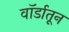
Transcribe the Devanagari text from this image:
वॉर्डातून